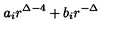
a _ { i } r ^ { \Delta - 4 } + b _ { i } r ^ { - \Delta }